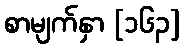
စာမျက်နှာ [၁၆၃]